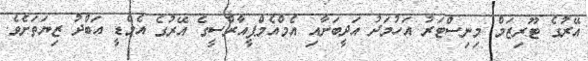
އޭރުގެ ޓޫރިޒަމް މިނިސްޓަރު އަހުމަދު އަދީބަށާއި އެމްއެމްޕީއާރްސީގެ އޭރުގެ އެމްޑީ އަބްދު ޒިޔަތަށެވެ.